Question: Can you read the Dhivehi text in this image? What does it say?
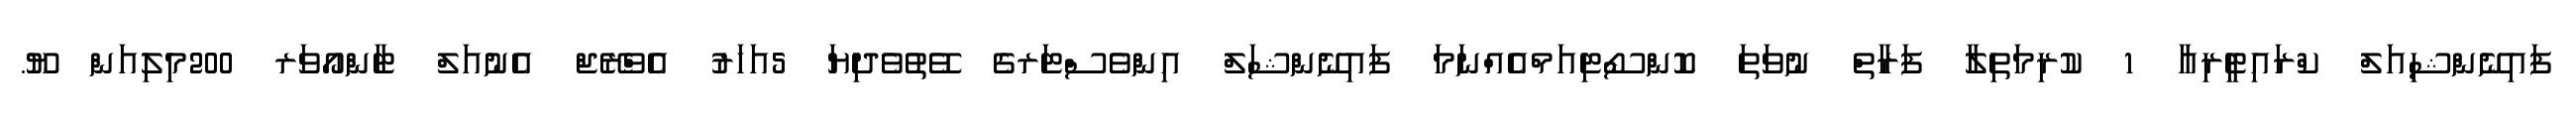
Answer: ފައިނޭންޝިއަލް ކްރައިޓީރިއާ 1 ކުރިމަތިލާ ފަރާތް ނުވަތަ ކޮންސޯޓިއަމްއެއްނަމަ ފައިނޭންޝަލް އިންވެސްޓަރގެ ވޭތުވެދިޔަ 5އަހަރު އެވްރޭޖް އެނުއަލް ޓާންއޯވަރ 200މިލިއަން ޔޫ.